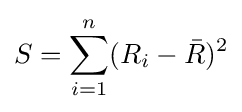
S=\sum _{i=1}^{n}(R_{i}-{\bar {R}})^{2}